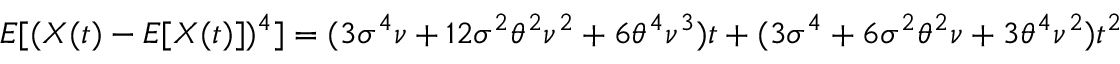
E [ ( X ( t ) - E [ X ( t ) ] ) ^ { 4 } ] = ( 3 \sigma ^ { 4 } \nu + 1 2 \sigma ^ { 2 } \theta ^ { 2 } \nu ^ { 2 } + 6 \theta ^ { 4 } \nu ^ { 3 } ) t + ( 3 \sigma ^ { 4 } + 6 \sigma ^ { 2 } \theta ^ { 2 } \nu + 3 \theta ^ { 4 } \nu ^ { 2 } ) t ^ { 2 }